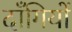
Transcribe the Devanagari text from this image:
दाँगियों